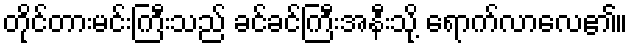
တိုင်တားမင်းကြီးသည် ခင်ခင်ကြီးအနီးသို့ ရောက်လာလေ၏။